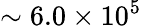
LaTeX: \sim 6.0\times 10^{5}